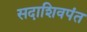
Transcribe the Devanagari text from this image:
सदाशिवपंत